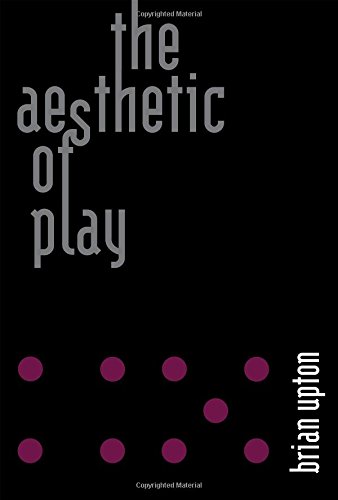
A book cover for The Aesthetic of Play; Brian Upton; Computers & Technology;